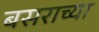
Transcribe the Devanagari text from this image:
बसराच्या